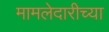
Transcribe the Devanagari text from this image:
मामलेदारीच्या